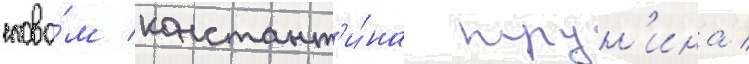
слова́м констант'и́на трун'ина /